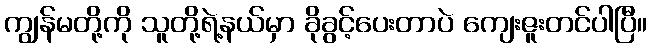
ကျွန်မတို့ကို သူတို့ရဲ့နယ်မှာ ခိုခွင့်ပေးတာပဲ ကျေးဇူးတင်ပါပြီ။